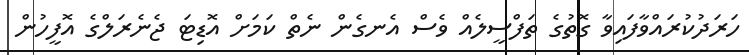
ހަަރަދުކުރައްވާފައިވާ ގޮތުގެ ތަފްސީލެއް ވެސް އެނގެން ނެތް ކަމަށް އޮޑިޓަ ޖެނެރަލްގެ އޮފީހުން